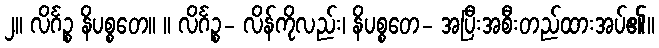
၂။ လိင်္ဂဉ္စ နိပစ္စတေ။ ။ လိင်္ဂဉ္စ- လိန်ကိုလည်း၊ နိပစ္စတေ- အပြီးအစီးတည်ထားအပ်၏။